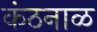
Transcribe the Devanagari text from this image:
कंठनाळ